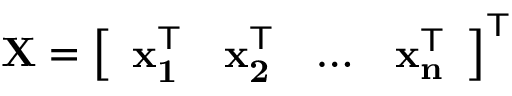
\mathbf { X } = { \left[ \begin{array} { l l l l } { \mathbf { x _ { 1 } ^ { \mathsf { T } } } } & { \mathbf { x _ { 2 } ^ { \mathsf { T } } } } & { \dots } & { \mathbf { x _ { n } ^ { \mathsf { T } } } } \end{array} \right] } ^ { \mathsf { T } }